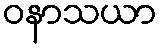
ဝနာသယာ